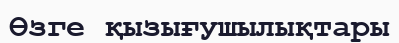
Өзге қызығушылықтары